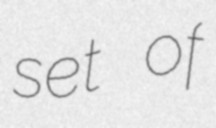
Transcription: set of